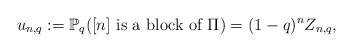
LaTeX: \begin{align*}u_{n,q} := \mathbb{P}_q( [n] \mbox{ is a block of } \Pi ) = (1-q)^n Z_{n,q},\end{align*}